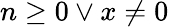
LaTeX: n\geq 0\vee x\neq 0